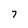
Character: 7